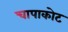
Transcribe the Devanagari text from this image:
चापाकोट